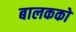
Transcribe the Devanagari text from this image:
बालकको